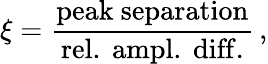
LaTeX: \xi=\frac{\mathrm{peak\ separation}}{\mathrm{rel.\ ampl.\ diff.}}\, ,